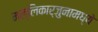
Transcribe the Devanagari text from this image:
मल्लिकार्जुनामध्ये